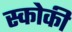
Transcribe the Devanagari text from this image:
स्कोकी